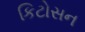
કિટોસન